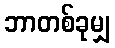
ဘာတစ်ခုမျှ